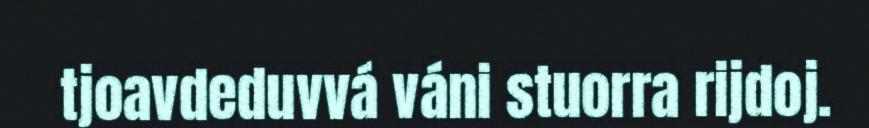
tjoavdeduvvá váni stuorra rijdoj.